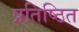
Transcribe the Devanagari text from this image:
प्रतिष्‍ठित